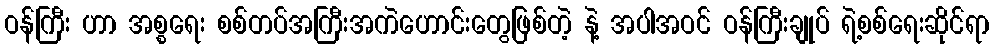
ဝန်ကြီး ဟာ အစ္စရေး စစ်တပ်အကြီးအကဲဟောင်းတွေဖြစ်တဲ့ နဲ့ အပါအဝင် ဝန်ကြီးချုပ် ရဲ့စစ်ရေးဆိုင်ရာ